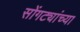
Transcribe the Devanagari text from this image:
सोंगट्यांच्या